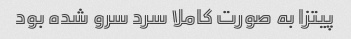
پیتزا به صورت کاملا سرد سرو شده بود